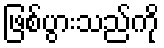
ဖြစ်ပွားသည်ကို